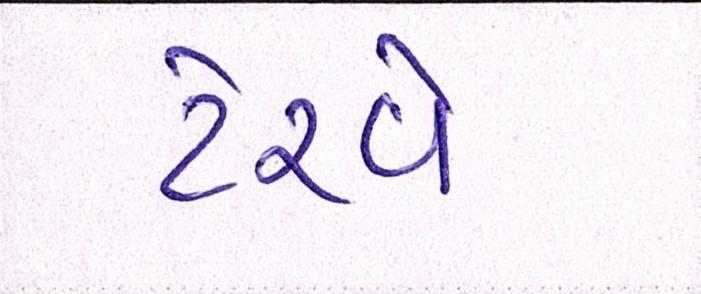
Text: ટેરવે